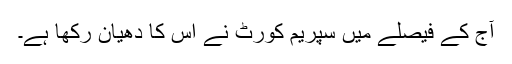
آج کے فیصلے میں سپریم کورٹ نے اس کا دھیان رکھا ہے۔